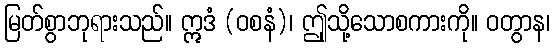
မြတ်စွာဘုရားသည်။ ဣဒံ (ဝစနံ)၊ ဤုသို့သောစကားကို။ ဝတွာန၊